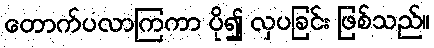
တောက်ပလာကြကာ ပို၍ လှပခြင်း ဖြစ်သည်။